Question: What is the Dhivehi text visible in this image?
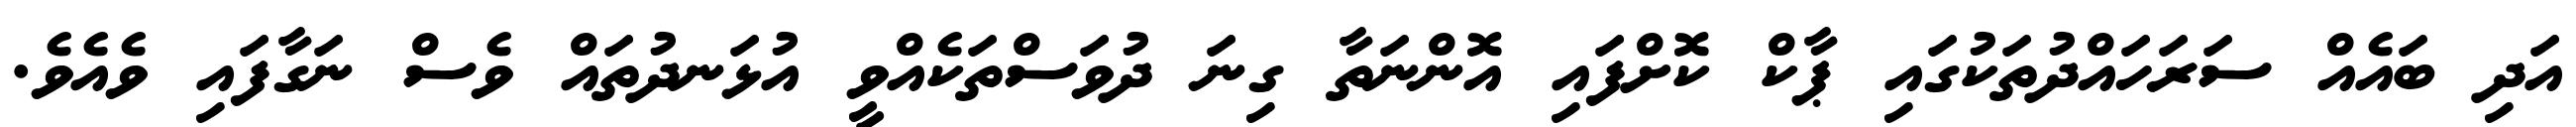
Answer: އަދި ބައެއް ސަރަހައްދުތަކުގައި ޕާކް ކޮށްފައި އޮންނަތާ ގިނަ ދުވަސްތަކެއްވީ އުޅަނދުތައް ވެސް ނަގާފައި ވެއެވެ.